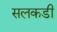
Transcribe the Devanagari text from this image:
सलकडी